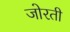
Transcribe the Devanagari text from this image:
जोरती